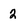
Character: 2